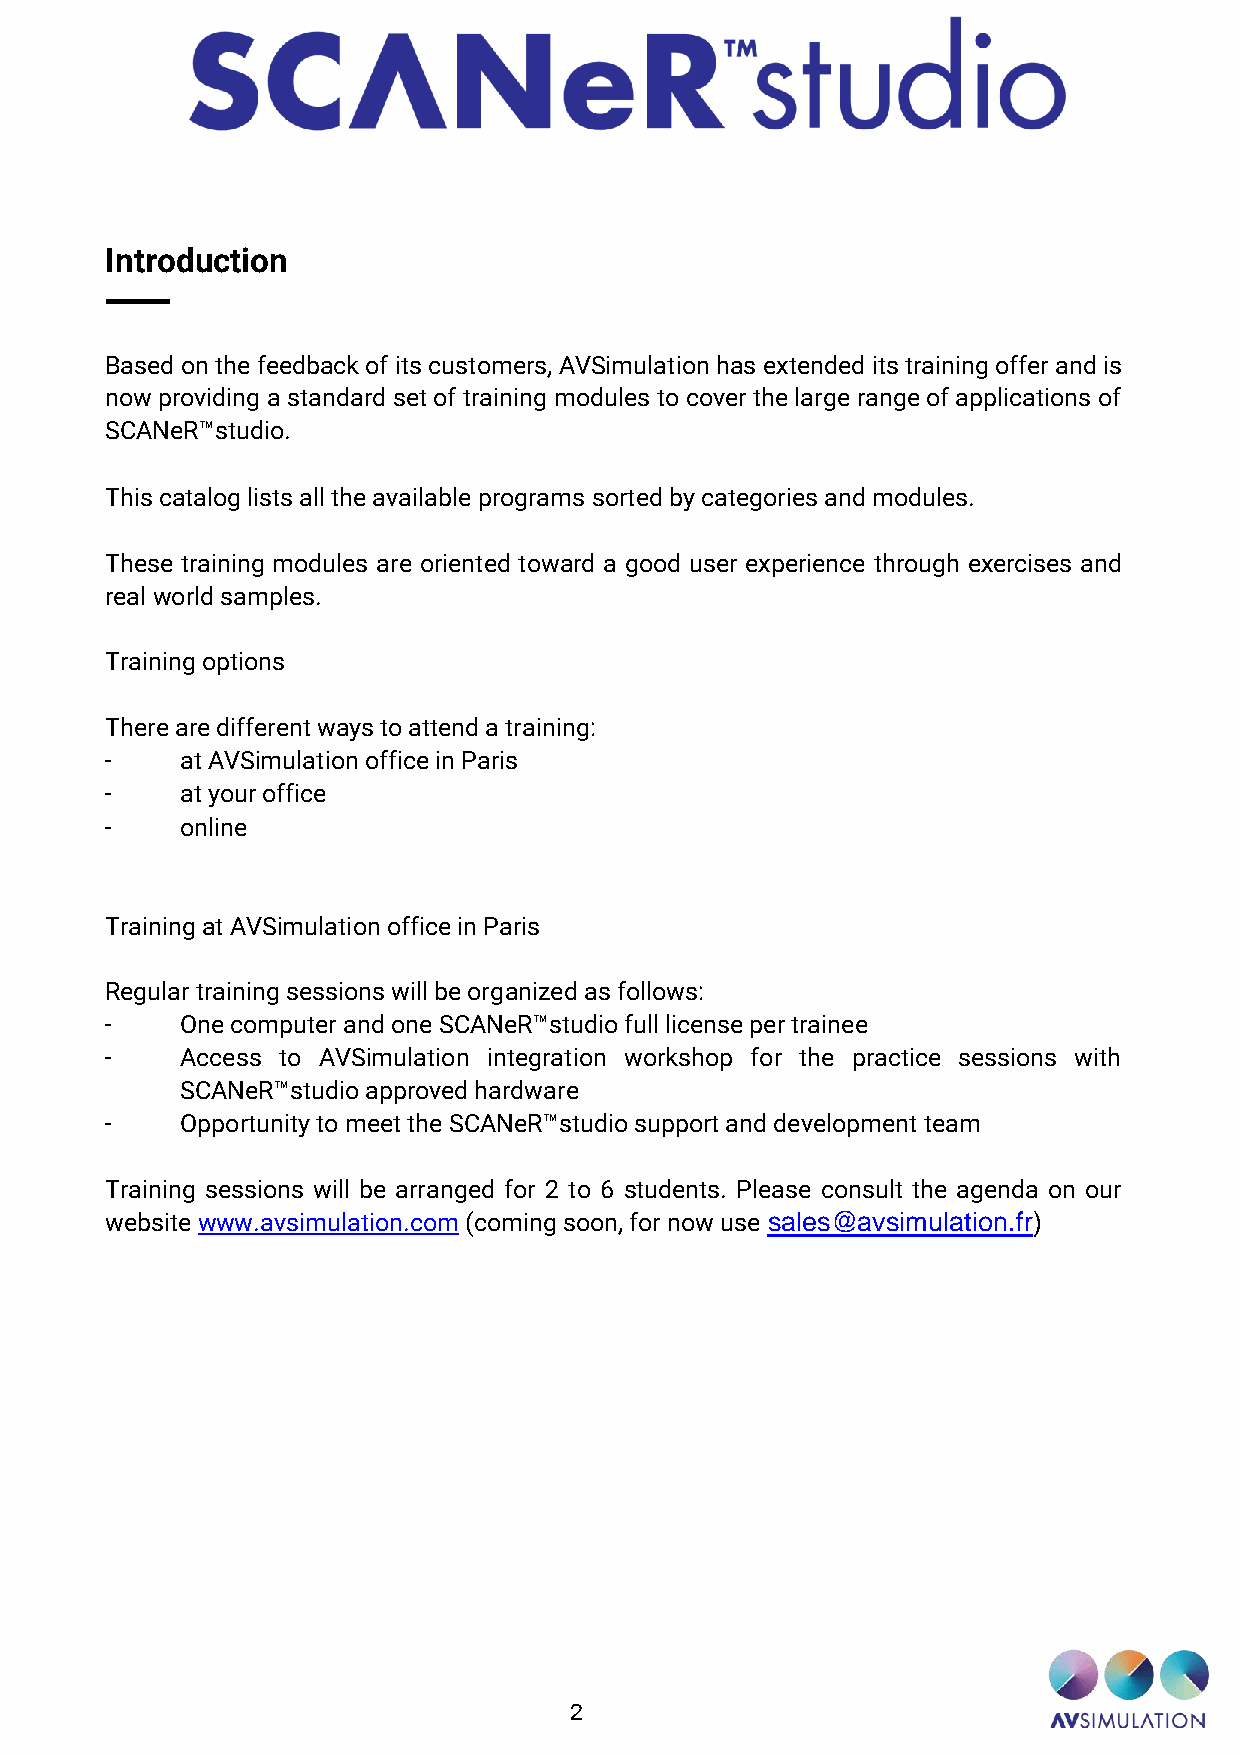
Introduction
 Based on the feedback of its customers, AVSimulation has extended its training offer and is
 now providing a standard set of training modules to cover the large range of applications of
 SCANeR™studio.
 This catalog lists all the available programs sorted by categories and modules.
 These training modules are oriented toward a good user experience through exercises and
 real world samples.
 Training options
 There are different ways to attend a training:
 -    at AVSimulation office in Paris
 -    at your office
 -    online
 Training at AVSimulation office in Paris
 Regular training sessions will be organized as follows:
 -    One computer and one SCANeR™studio full license per trainee
 -    Access to AVSimulation integration workshop for the practice sessions with
 SCANeR™studio approved hardware
 -    Opportunity to meet the SCANeR™studio support and development team
 Training sessions will be arranged for 2 to 6 students. Please consult the agenda on our
 website www.avsimulation.com (coming soon, for now use sales@avsimulation.fr)
 2